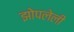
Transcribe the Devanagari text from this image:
झोपलेली